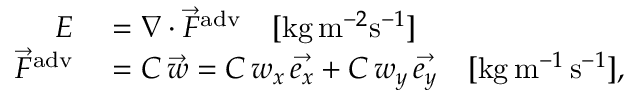
\begin{array} { r l } { E } & { { } = \nabla \cdot \vec { F } ^ { \mathrm { a d v } } \quad [ \mathrm { k g } \, \mathrm { m } ^ { - 2 } \mathrm { s } ^ { - 1 } ] } \\ { \vec { F } ^ { \mathrm { a d v } } } & { { } = C \, \vec { w } = C \, w _ { x } \, \vec { e _ { x } } + C \, w _ { y } \, \vec { e _ { y } } \quad [ \mathrm { k g } \, \mathrm { m } ^ { - 1 } \, \mathrm { s } ^ { - 1 } ] , } \end{array}